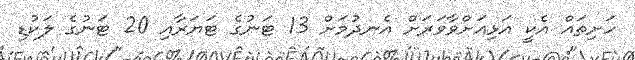
ހަށިތައް އެކީ އަޅިއަށްވާވަރަށް އެނދުމަށް 13 ޓަނުގެ ޓަޔަރާއި 20 ޓަނުގެ ލަކުޑި